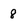
Character: 8